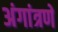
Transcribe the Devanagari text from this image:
अंगांत्रणे